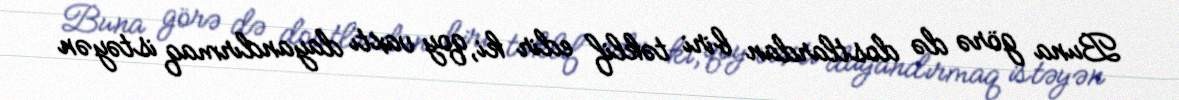
Buna görə də dostlardan biri təklif edir ki, qoy vaxtı dayandırmaq istəyən